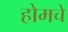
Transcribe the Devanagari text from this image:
होमचे